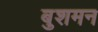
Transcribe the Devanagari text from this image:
बुशमन